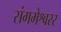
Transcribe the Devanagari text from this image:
संगमेश्वरर